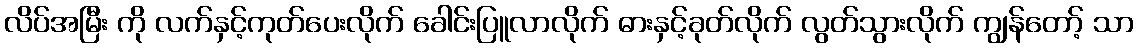
လိပ်အမြီး ကို လက်နှင့်ကုတ်ပေးလိုက် ခေါင်းပြူလာလိုက် ဓားနှင့်ခုတ်လိုက် လွတ်သွားလိုက် ကျွန်တော့် သာ